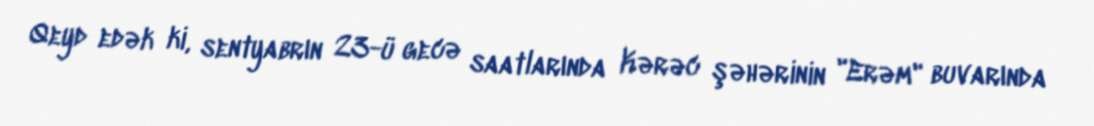
Qeyd edək ki, sentyabrın 23-ü gecə saatlarında Kərəc şəhərinin "Erəm" buvarında